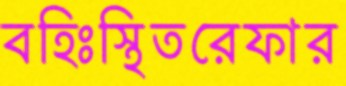
বহিঃস্থিতরেফার